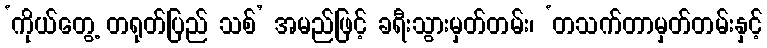
‘ကိုယ်တွေ့ တရုတ်ပြည် သစ်’ အမည်ဖြင့် ခရီးသွားမှတ်တမ်း၊ ‘တသက်တာမှတ်တမ်းနှင့်